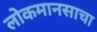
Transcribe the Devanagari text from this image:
लोकमानसाचा